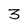
Character: 3